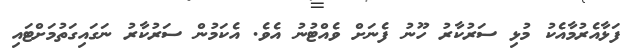
ފަޅާއެރުމާއެކު މުޅި ސަރުކާރު ހޫނު ފެނަށް ވެއްޓުނު އެވެ. އެކަމުން ސަރުކާރު ނަގައިގަތުމަށްޓައި